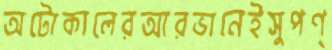
অটোকালেরআরভানেইসুপণ্